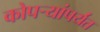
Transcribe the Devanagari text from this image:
कोपर्‍यांपर्यंत